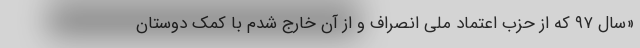
«سال ۹۷ که از حزب اعتماد ملی انصراف و از آن خارج شدم با کمک دوستان